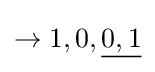
\rightarrow 1,0,{\underline {0,1}}